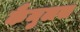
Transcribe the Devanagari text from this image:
कैमुलस